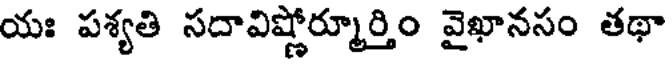
యః పశ్యతి సదావిష్ణోర్మూర్తిం వైఖానసం తథా